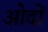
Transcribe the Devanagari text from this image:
ओदों